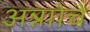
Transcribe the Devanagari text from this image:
अन्नाोचे